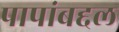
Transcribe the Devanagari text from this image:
पापांबद्दल